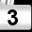
Digit: 3